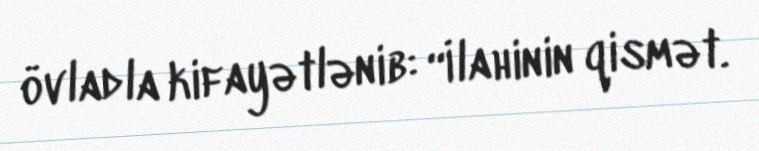
övladla kifayətlənib: “İlahinin qismət.